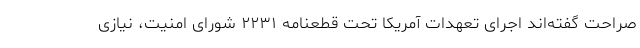
صراحت گفته‌اند اجرای تعهدات آمریکا تحت قطعنامه ۲۲۳۱ شورای امنیت، نیازی